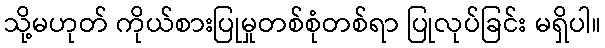
သို့မဟုတ် ကိုယ်စားပြုမှုတစ်စုံတစ်ရာ ပြုလုပ်ခြင်း မရှိပါ။